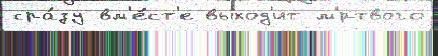
сра́зу вм'е́ст'е выход'ит м'́ртвого